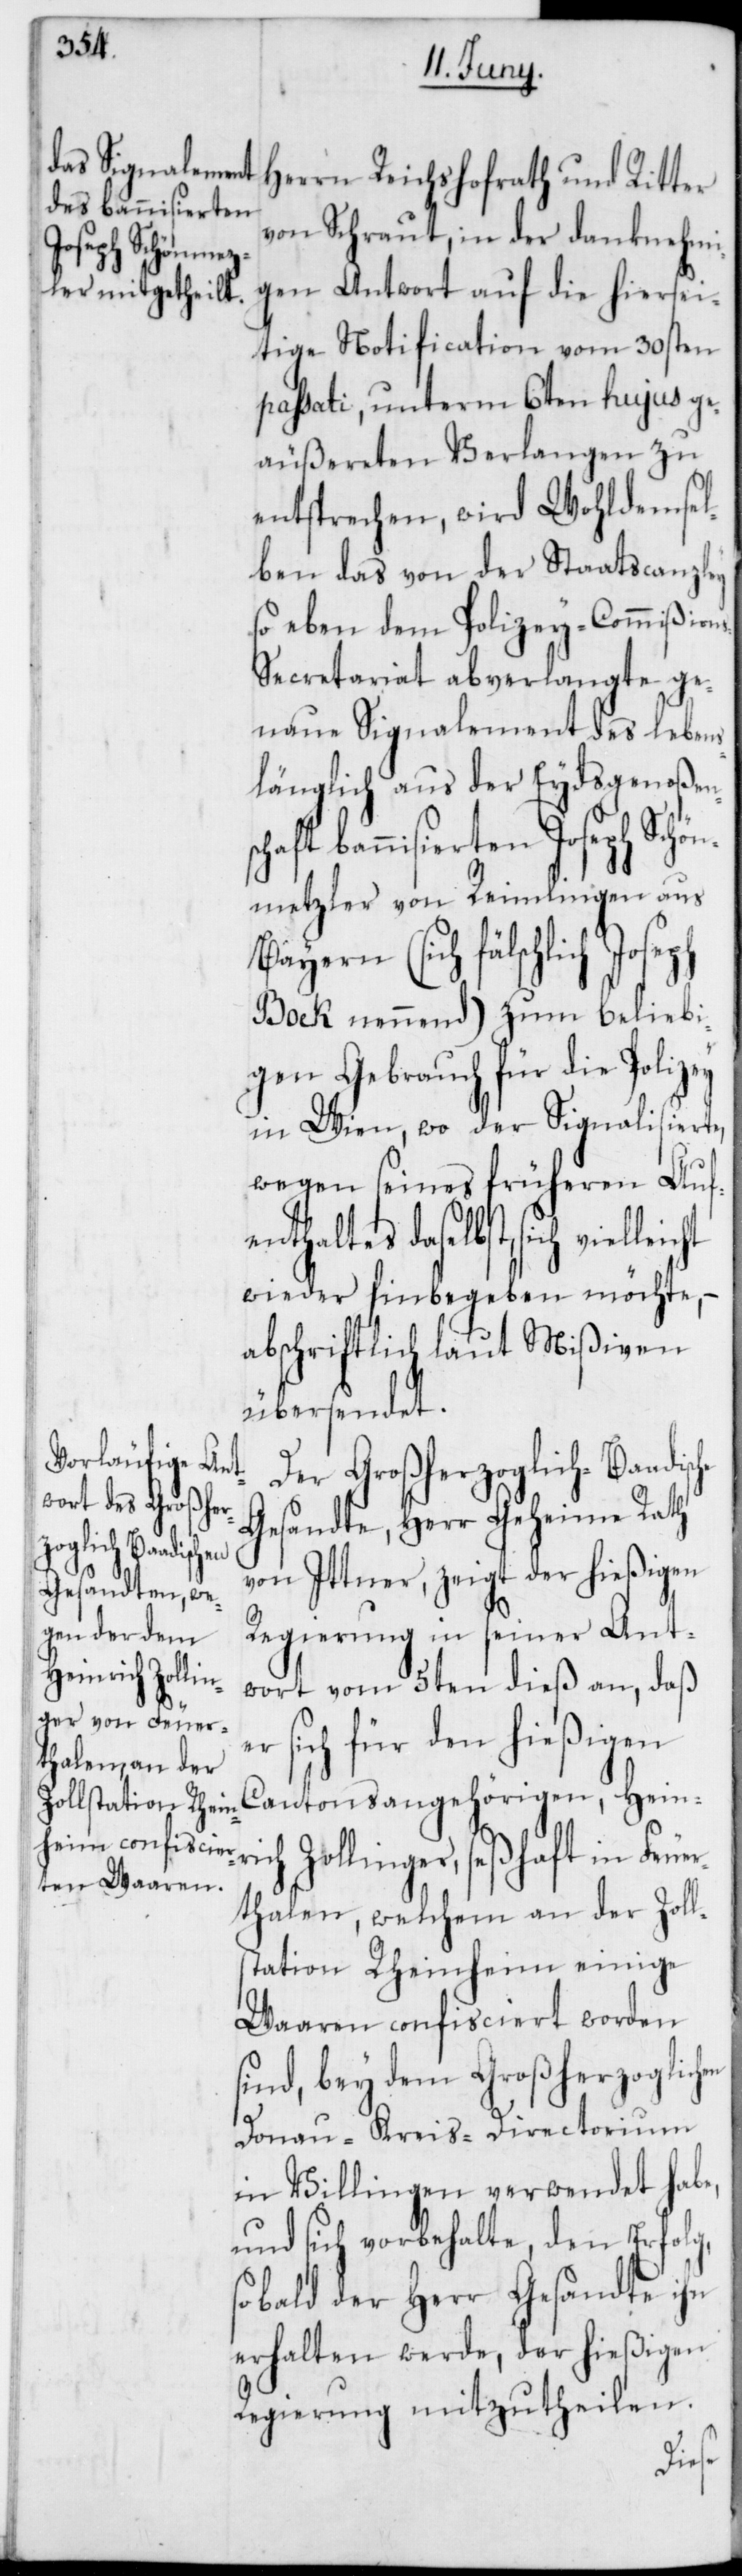
Joseph Schön¬

Herrn Reichshofrath und Ritter
von Schraut, in der danknehmi¬
gen Antwort auf die hiersei¬
tige Notification vom 30sten
passati, unterm 6ten hujus ge¬
äußereten Verlangen zu
entsprechen, wird Wohldemsel¬
ben das von der Staatscanzley
so eben dem Polizey-Commißion¬
s-Secretariat abverlangte ge¬
naue Signalement des leben¬
slänglich aus der Eydsgenoßen¬
metzler von Reimlingen aus
Bayern (sich fälschlich
Bock nennend) zum beliebi¬
gen Gebrauch für die Polizey
in Wien, wo der Signalisierte
wegen seines früheren Auf¬
enthaltes daselbst, sich
wieder hinbegeben möchte, –
abschriftlich laut Mißiven
übersendet.
Der Großherzoglich-Baadische
Gesandte, Herr Geheime Rath
von Ittner, zeigt der hießigen
Regierung in seiner Ant¬
wort vom 5ten dieß an, daß
er sich für den hießigen
Cantonsangehörigen Heinri¬
ch Zollinger, seßhaft in Feue¬
rthalen, welchem an der Zoll¬
station Rheinheim einige
Waaren confisciert worden
sind, bey dem Großherzoglichen
Donau-Kreis-Directorium
in Villingen verwendet habe,
und sich vorbehalte, den Erfolg,
sobald der Herr Gesandte ihn
erhalten werde, der hießigen
Regierung mitzutheilen.